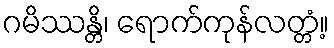
ဂမိဿန္တိ၊ ရောက်ကုန်လတ္တံ့။